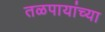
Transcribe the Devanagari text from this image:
तळपायांच्या